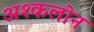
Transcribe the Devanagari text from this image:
अश्कलोन